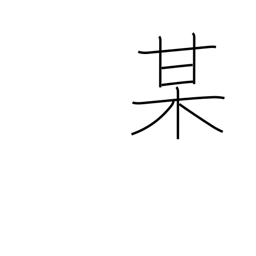
Meaning: so-and-so